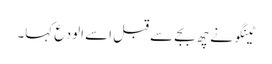
ٹینگو نے چھ بجے سے قبل اسے الودع کہا۔